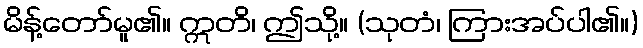
မိန့်တော်မူ၏။ ဣတိ၊ ဤသို့။ (သုတံ၊ ကြားအပ်ပါ၏။)